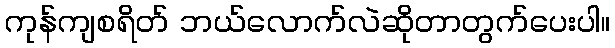
ကုန်ကျစရိတ် ဘယ်လောက်လဲဆိုတာတွက်ပေးပါ။